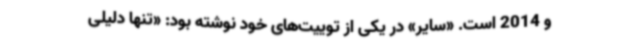
و 2014 است. «سایر» در یکی از توییت‌های خود نوشته بود: «تنها دلیلی